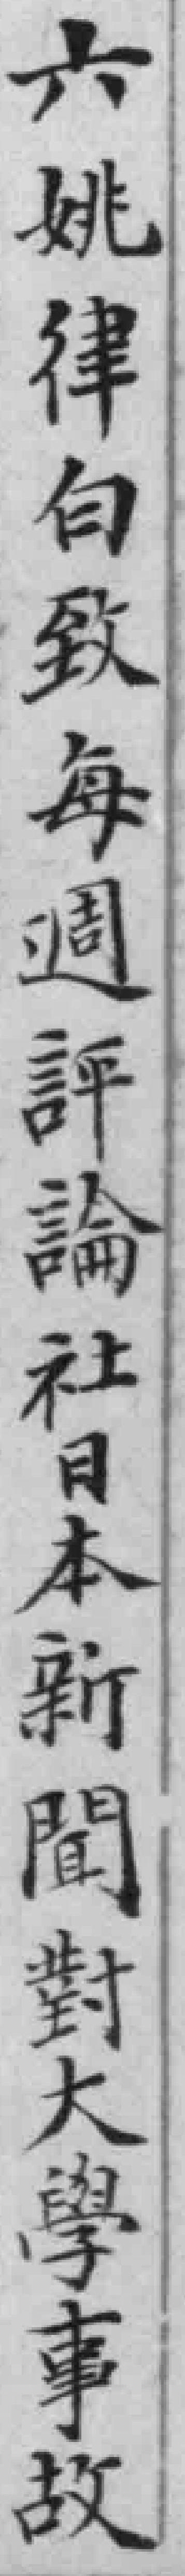
六姚律白致每週評論社日本新間對大學事故